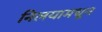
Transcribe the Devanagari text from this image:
निलयामधून